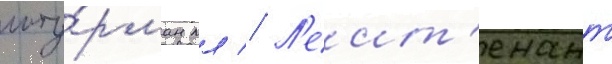
шту́рман мл // Л'еит'енант